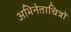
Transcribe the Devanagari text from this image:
अभिनेताचित्रों